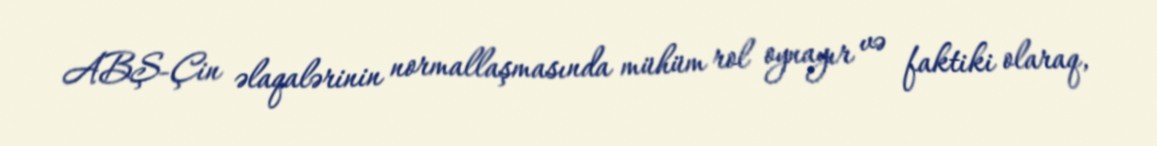
ABŞ-Çin əlaqalərinin normallaşmasında mühüm rol oynayır və faktiki olaraq,